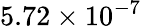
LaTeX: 5.72\times 10^{-7}